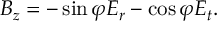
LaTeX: B _ { z } = - \sin \varphi E _ { r } - \cos \varphi E _ { t } .